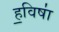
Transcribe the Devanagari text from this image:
ह॒विषा॑